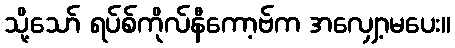
သို့သော် ရပ်စ်ကိုလ်နီကော့ဗ်က အလျှော့မပေး။